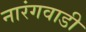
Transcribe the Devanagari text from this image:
नारंगवाडी